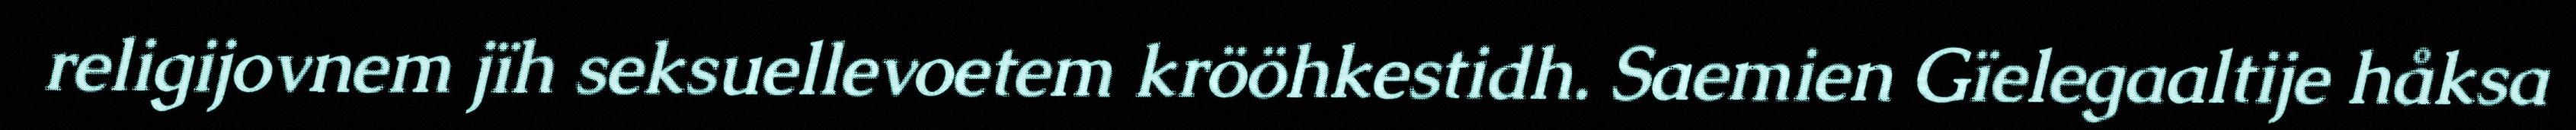
religijovnem jïh seksuellevoetem krööhkestidh. Saemien Gïelegaaltije håksa